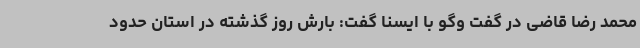
محمد رضا قاضی در گفت وگو با ایسنا گفت: بارش روز گذشته در استان حدود